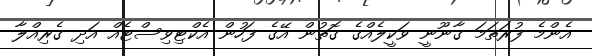
އެންމެ ފުރަތަމަ ގާނޫނީ ވަކީލެއްގެ ގޮތުން އޭގެ ފަހުން އެކްޓިވިސްޓެއް އަދި ގެރިއްލާ